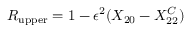
R _ { \mathrm { u p p e r } } = 1 - \epsilon ^ { 2 } ( X _ { 2 0 } - X _ { 2 2 } ^ { C } )